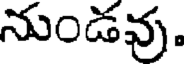
నుండవు.